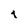
Character: 1